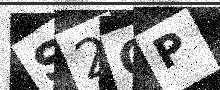
Text: S2CP